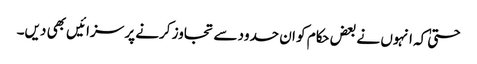
حتیٰ کہ انہوں نے بعض حکام کو ان حدود سے تجاوز کرنے پر سزائیں بھی دیں۔